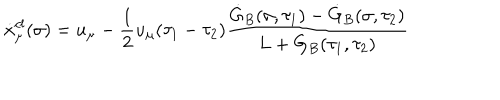
\dot { x } _ { \mu } ^ { c l } ( \sigma ) = u _ { \mu } - { \frac { 1 } { 2 } } u _ { \mu } ( \tau _ { 1 } - \tau _ { 2 } ) \frac { \dot { G } _ { B } ( \sigma , \tau _ { 1 } ) - \dot { G } _ { B } ( \sigma , \tau _ { 2 } ) } { L + G _ { B } ( \tau _ { 1 } , \tau _ { 2 } ) }